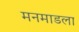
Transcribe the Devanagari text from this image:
मनमाडला